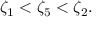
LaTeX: \zeta _ { 1 } < \zeta _ { 5 } < \zeta _ { 2 } .